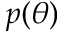
p ( \theta )